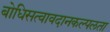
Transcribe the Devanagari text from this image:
बोधिसत्वावदानकल्पलता